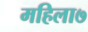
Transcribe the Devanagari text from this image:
महिला७